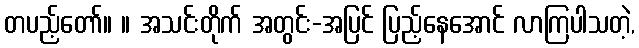
တပည့်တော်။ ။ အသင်းတိုက် အတွင်း-အပြင် ပြည့်နေအောင် လာကြပါသတဲ့,